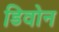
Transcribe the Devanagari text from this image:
डिवोन